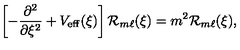
\left[ - \frac { \partial ^ { 2 } } { \partial \xi ^ { 2 } } + V _ { \mathrm { e f f } } ( \xi ) \right] { \cal R } _ { m \ell } ( \xi ) = m ^ { 2 } { \cal R } _ { m \ell } ( \xi ) ,